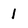
Character: 1